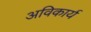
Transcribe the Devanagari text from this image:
अविकार्य